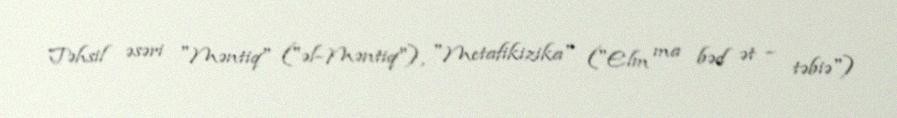
Təhsil əsəri "Məntiq" ("əl–Məntiq"), "Metafikizika" ("Elm ma bəd ət – təbiə")